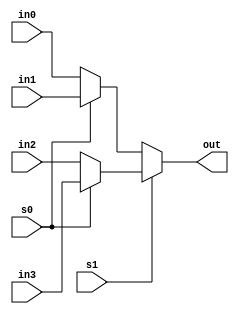
`timescale 1ns / 1ps
//////////////////////////////////////////////////////////////////////////////////  
// Author  Name: Ummidi Chandrika
// Module Name:    comparator_mux 
// Revision 0.01 - File Created 
//////////////////////////////////////////////////////////////////////////////////
module mux4X1( in0,in1,in2,in3,s1,s0,out);
input in0,in1,in2,in3;
input   s1,s0;
output  out;
assign out = s1 ? (s0 ? in3 : in2) : (s0 ? in1 : in0);

endmodule


module comparator(a,b,greater,lesser,equal);
input a,b;
output  greater,lesser,equal;

mux4X1 mux1(1'b0,1'b1,1'b0,1'b0,a,b,lesser);
mux4X1 mux2(1'b1,1'b0,1'b0,1'b1,a,b,equal);
mux4X1 mux3(1'b0,1'b0,1'b1,1'b0,a,b,greater);

endmodule